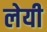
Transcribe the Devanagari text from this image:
लेयी